Civil Veterinary Department. Madras. Admin. report 1926-33 - 1926-1933
Year: 1926
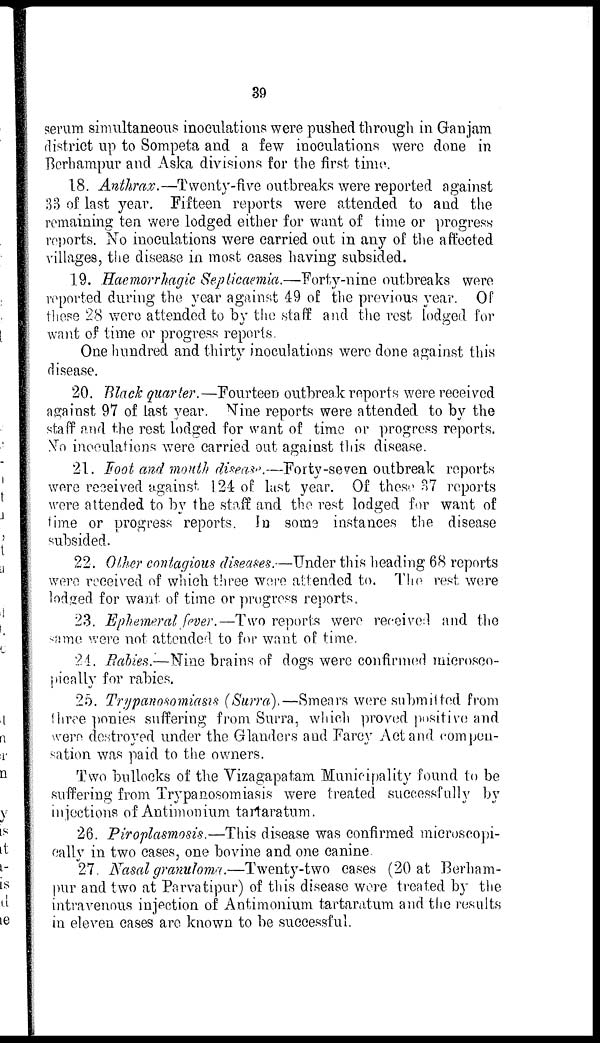
39
serum simultaneous inoculations were pushed through in Ganjam
district up to Sompeta and a few inoculations were done in
Berhampur and Aska divisions for the first time.
18. Anthrax.—Twenty-five outbreaks were reported against
33 of last year. Fifteen reports were attended to and the
remaining ten were lodged either for want of time or progress
reports. No inoculations were carried out in any of the affected
villages, the disease in most cases having subsided.
19. Haemorrhagic Septicaemia.—Forty-nine outbreaks were
reported during the year against 49 of the previous year. Of
these 28 were attended to by the staff and the rest lodged for
want of time or progress reports.
One hundred and thirty inoculations were done against this
disease.
20. Black quarter.—Fourteen outbreak reports were received
against 97 of last year. Nine reports were attended to by the
staff and the rest lodged for want of time or progress reports.
No inoculations were carried out against this disease.
21. Foot and mouth disease.—Forty-seven outbreak reports
were received against 124 of last year. Of these 37 reports
were attended to by the staff and the rest lodged for want of
lime or progress reports. In some instances the disease
subsided.
22. Other contagious diseases.—Under this heading 68 reports
were received of which three were attended to. The rest were
lodged for want of time or progress reports.
23. Ephemeral fever.—Two reports were received and the
same were not attended to for want of time.
24. Rabies.—Nine brains of dogs were confirmed microsco-
pically for rabies.
25. Trypanosomiasis (Surra).—Smears were submitted from
three ponies suffering from Surra, which proved positive and
were destroyed under the Glanders and Farcy Act and compen-
sation was paid to the owners.
Two bullocks of the Vizagapatam Municipality found to be
suffering from Trypanosomiasis were treated successfully by
injections of Antimonium tartaratum.
26. Piroplasmosis.—This disease was confirmed microscopi-
cally in two cases, one bovine and one canine.
27. Nasal granuloma.—Twenty-two cases (20 at Berham-
pur and two at Parvatipur) of this disease were treated by the
intravenous injection of Antimonium tartaratum and the results
in eleven cases are known to be successful.